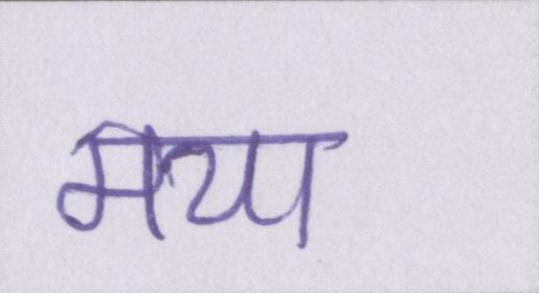
मया